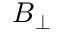
\boldsymbol { B } _ { \perp }